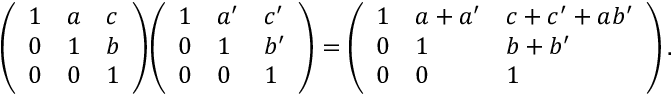
{ \left( \begin{array} { l l l } { 1 } & { a } & { c } \\ { 0 } & { 1 } & { b } \\ { 0 } & { 0 } & { 1 } \end{array} \right) } { \left( \begin{array} { l l l } { 1 } & { a ^ { \prime } } & { c ^ { \prime } } \\ { 0 } & { 1 } & { b ^ { \prime } } \\ { 0 } & { 0 } & { 1 } \end{array} \right) } = { \left( \begin{array} { l l l } { 1 } & { a + a ^ { \prime } } & { c + c ^ { \prime } + a b ^ { \prime } } \\ { 0 } & { 1 } & { b + b ^ { \prime } } \\ { 0 } & { 0 } & { 1 } \end{array} \right) } \, .